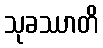
သုခဿာတိ